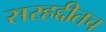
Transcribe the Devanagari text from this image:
सरहद्दीतच